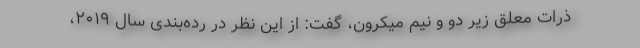
ذرات معلق زیر دو و نیم میکرون، گفت: از این نظر در رده‌بندی سال ۲۰۱۹،